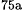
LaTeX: ^\textrm{\scriptsize 75a}